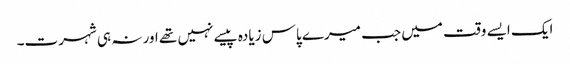
ایک ایسے وقت میں جب میرے پاس زیادہ پیسے نہیں تھے اور نہ ہی شہرت۔